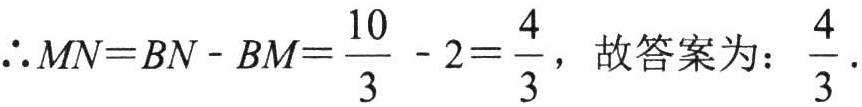
$\therefore MN = BN - BM=\dfrac{10}{3}-2=\dfrac{4}{3}$，故答案为：$\dfrac{4}{3}$.